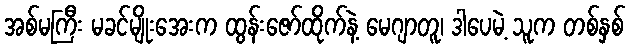
အစ်မကြီး မခင်မျိုးအေးက ထွန်းဇော်ထိုက်နဲ့ မေဂျာတူ၊ ဒါပေမဲ့ သူက တစ်နှစ်